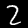
Digit: 2